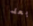
بعد